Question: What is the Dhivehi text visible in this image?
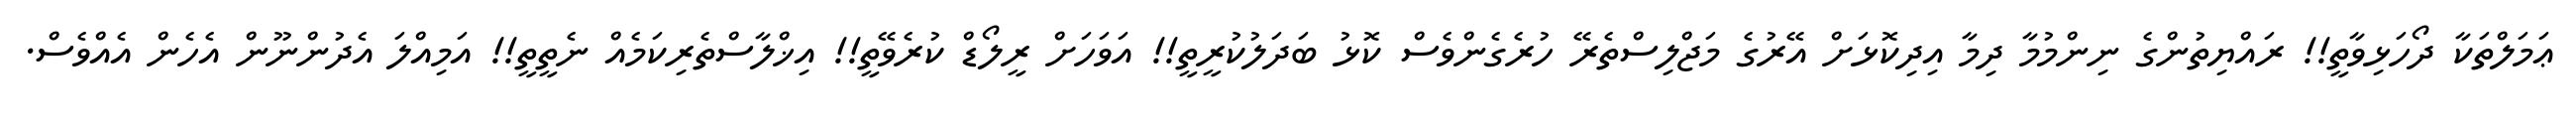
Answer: ޢަމަލްތަކާ ދޯހަޅިވާތީ!! ރައްޔިތުންގެ ނިންމުމާ ދިމާ އިދިކޮޅަށް އޭރުގެ މަޖްލިސްތެރޭ ހުރެގެންވެސް ކޮޅު ބަދަލުކުރީތީ!! އަވަހަށް ރީލޯޑް ކުރެވޭތީ!! އިޚްލާސްތެރިކަމެއް ނެތީތީ!! އަމިއްލަ އެދުންނޫން އެހެން އެއްވެސް.